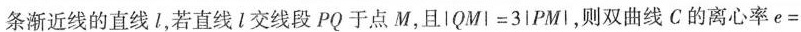
条渐近线的直线l，若直线l交线段PQ于点M，且$$| Q M | = 3 | P M |$$，则双曲线C的离心率$$e=